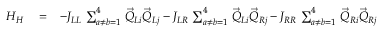
\begin{array} { r l r } { H _ { H } } & { { } = } & { - J _ { L L } \, \sum _ { a \neq b = 1 } ^ { 4 } \, \vec { Q } _ { L i } \vec { Q } _ { L j } - J _ { L R } \, \sum _ { a \neq b = 1 } ^ { 4 } \, \vec { Q } _ { L i } \vec { Q } _ { R j } - J _ { R R } \, \sum _ { a \neq b = 1 } ^ { 4 } \, \vec { Q } _ { R i } \vec { Q } _ { R j } } \end{array}